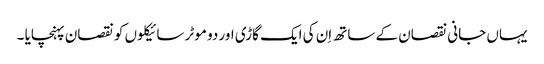
یہاں جانی نقصان کے ساتھ اِن کی ایک گاڑی اور دو موٹر سائیکلوں کو نقصان پہنچایا ۔